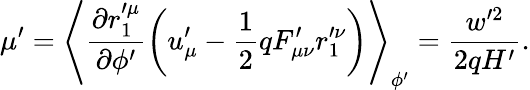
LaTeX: \mu^{\prime}=\left\langle\frac{\partial r_{1}^{\prime\mu}}{\partial\phi^{\prime}}\left(u_{\mu}^{\prime}-\frac{1}{2}qF_{\mu\nu}^{\prime}r_{1}^{\prime\nu}\right)\right\rangle_{\phi^{\prime}}=\frac{w^{\prime 2}}{2qH^{\prime}}.